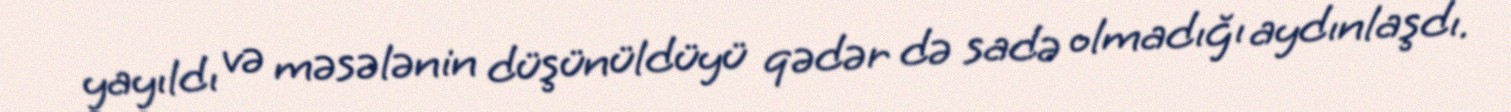
yayıldı və məsələnin düşünüldüyü qədər də sadə olmadığı aydınlaşdı.